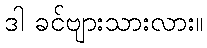
ဒါ ခင်ဗျားသားလား။